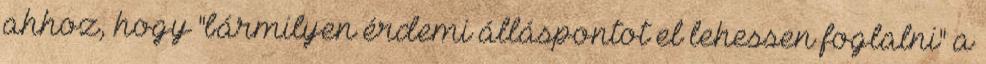
ahhoz, hogy "bármilyen érdemi álláspontot el lehessen foglalni" a